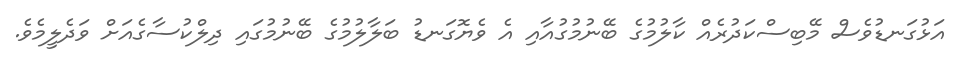
އަޅުގަނޑުވެސް މޭބިސްކަދުރެއް ކާލުމުގެ ބޭނުމުގުއާއި އެ ވެޔޮގަނޑު ބަލާލުމުގެ ބޭނުމުގައި ދިލްކުސާގެއަށް ވަދެލީމެވެ.